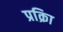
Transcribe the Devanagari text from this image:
प्रक्रिा